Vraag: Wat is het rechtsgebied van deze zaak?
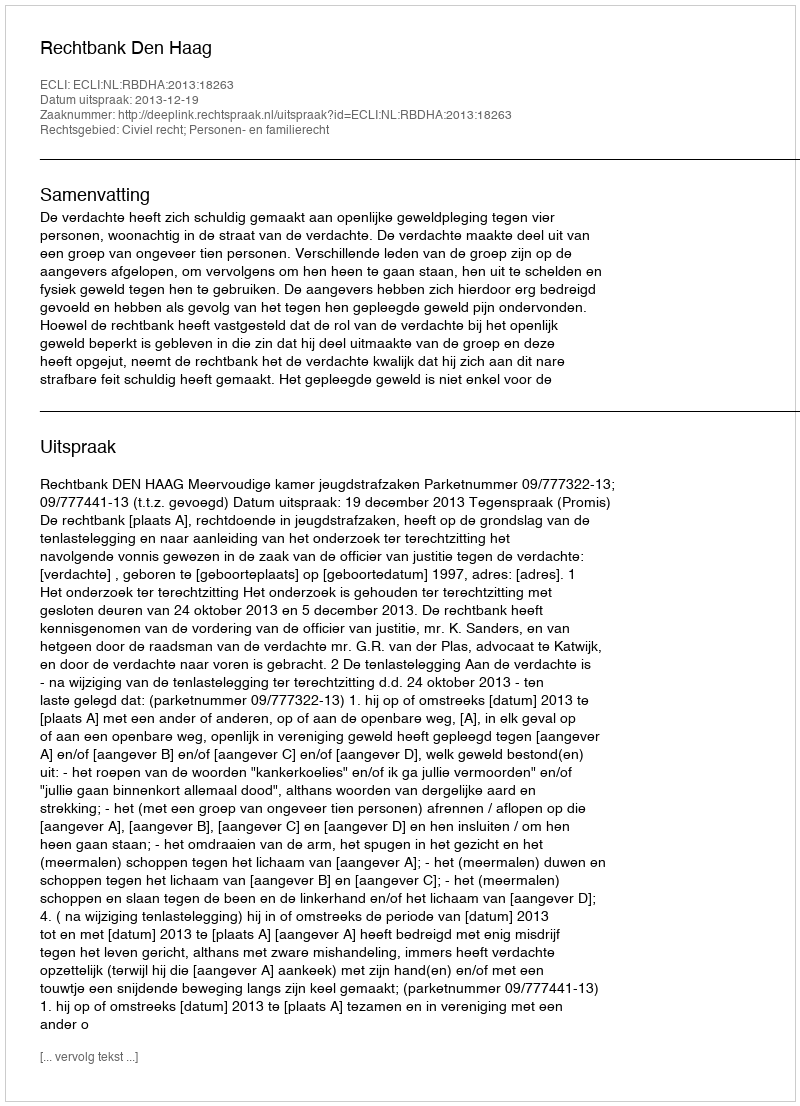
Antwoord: Civiel recht; Personen- en familierecht